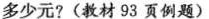
多少元?(教材93页例题)